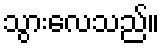
သွားလေသည်။